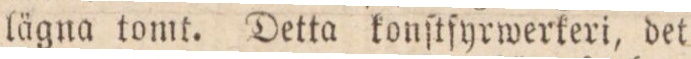
lägna tomt. Detta konſtſyrwerkeri, det